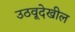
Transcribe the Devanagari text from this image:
उठवूदेखील